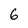
Character: 6